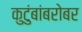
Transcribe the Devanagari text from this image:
कुटुंबांबरोबर